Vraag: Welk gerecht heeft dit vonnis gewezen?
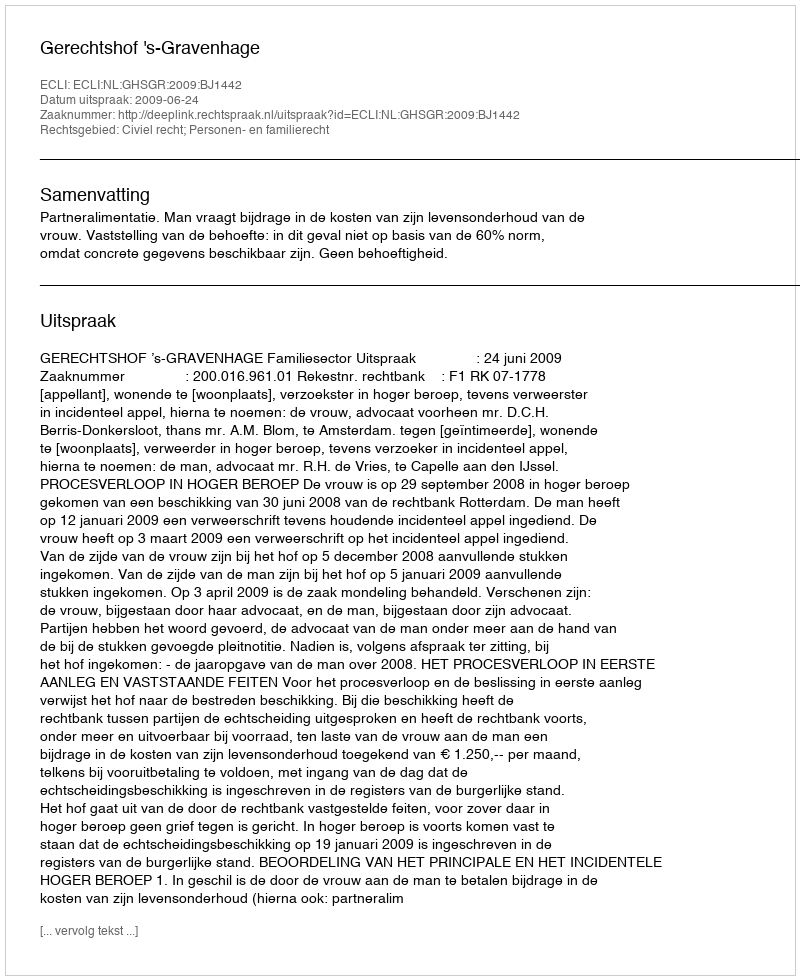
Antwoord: Gerechtshof 's-Gravenhage